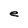
Character: e